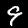
Label: 9